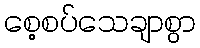
စေ့စပ်သေချာစွာ